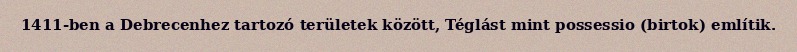
1411-ben a Debrecenhez tartozó területek között, Téglást mint possessio (birtok) említik.